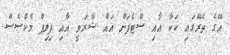
އޭގެ ތެރޭގައި ކަކާ އާއި ސްޓެފަން އައް ޝާރަވީ އާއި ފިލިޕް މެކްސެސް